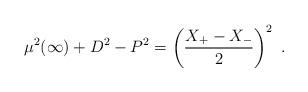
LaTeX: \begin{align*}\mu^2(\infty)+D^2-P^2 = \left( \frac{X_+-X_-}{2} \right)^2\ . \end{align*}